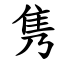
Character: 隽